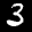
Label: 3